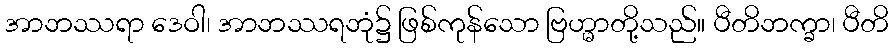
အာဘဿရာ ဒေဝါ၊ အာဘဿရဘုံ၌ ဖြစ်ကုန်သော ဗြဟ္မာတို့သည်။ ပီတိဘက္ခာ၊ ပီတိ